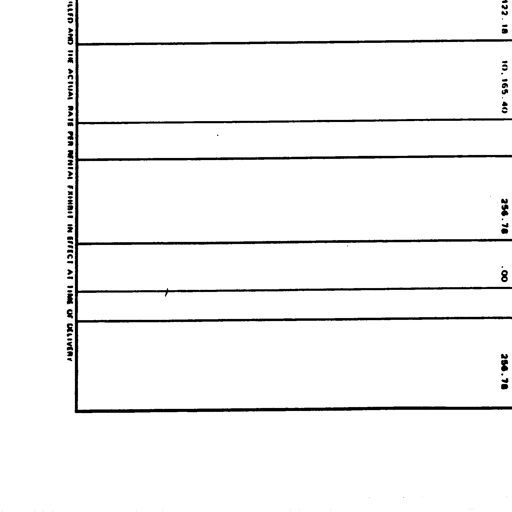
122.18
10,165.40
256.78
.00
256.78
FILLED AND THE ACTUAL RATE PER RENTAL EXHIBIT IN EFFECT AT TIME OF DELIVERY